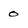
Character: 0